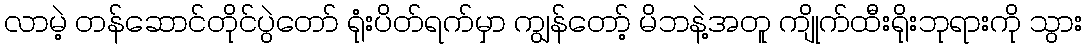
လာမဲ့ တန်ဆောင်တိုင်ပွဲတော် ရုံးပိတ်ရက်မှာ ကျွန်တော့် မိဘနဲ့အတူ ကျိုက်ထီးရိုးဘုရားကို သွား